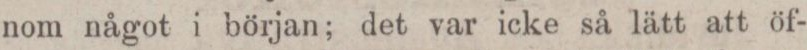
nom något i början; det var icke så lätt att öf-